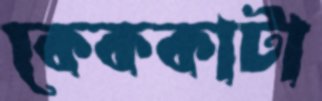
কেককাটা